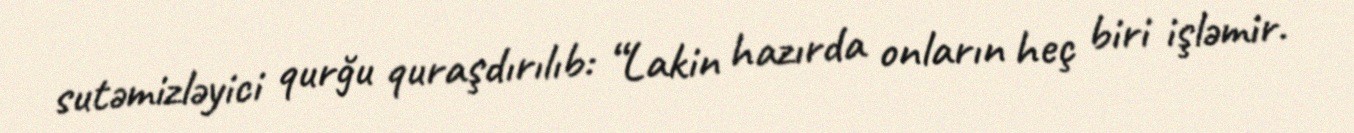
sutəmizləyici qurğu quraşdırılıb: “Lakin hazırda onların heç biri işləmir.